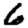
Digit: 6